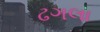
ઢગલા